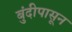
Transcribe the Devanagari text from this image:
बुंदीपासून